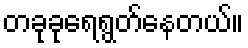
တခုခုရေရွတ်နေတယ်။